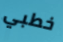
خطبي